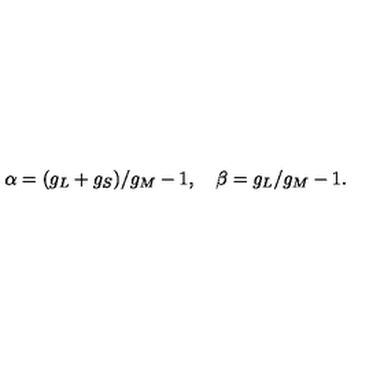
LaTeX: \alpha = ( g _ { L } + g _ { S } ) / g _ { M } - 1 , \quad \beta = g _ { L } / g _ { M } - 1 .